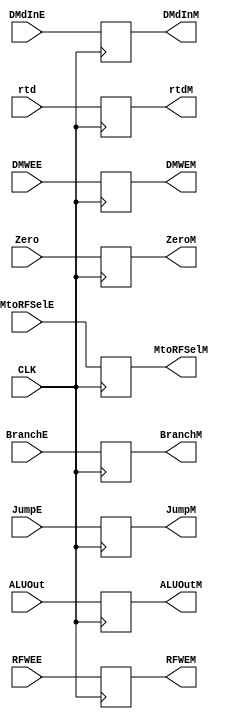
`timescale 1ns / 1ps
//////////////////////////////////////////////////////////////////////////////////
// Company: 
// Engineer: 
// 
// Design Name: 
// Module Name: EXECUTE
// Project Name: 
// Target Devices: 
// Tool Versions: 
// Description: 
// 
// Dependencies: 
// 
// Revision:
// Revision 0.01 - File Created
// Additional Comments:
// 
//////////////////////////////////////////////////////////////////////////////////


module EXECUTE(
input CLK,Zero,
input [4 : 0] rtd,
input [31 : 0] ALUOut,
input [31 : 0] DMdInE,
//input [31 : 0] PCBranch,
input RFWEE,MtoRFSelE,DMWEE,BranchE,JumpE,

output reg ZeroM,
output reg [4 : 0] rtdM,
output reg [31 : 0] ALUOutM,
output reg [31 : 0] DMdInM,
//output reg [31 : 0] PCBranchM,
output reg RFWEM,MtoRFSelM,DMWEM,BranchM,JumpM
    );
    
    initial begin
        ZeroM <= 1'b0;
        rtdM <= 5'b0;
        ALUOutM <= 32'b0;
        DMdInM <= 32'b0;
        //PCBranchM <= 32'b0;
        
        //CONTROL UNIT MEM//
        RFWEM <= 1'b0;
        MtoRFSelM <= 1'b0;
        DMWEM <= 1'b0;
        BranchM <= 1'b0;
        JumpM <= 1'b0;
    
    end
    
    always @(posedge CLK) begin
        ZeroM <= Zero;
        rtdM <= rtd;
        ALUOutM <= ALUOut;
        DMdInM <= DMdInE;
        //PCBranchM <= PCBranch;
        
        //CONTROL UNIT MEM//
        RFWEM <= RFWEE;
        MtoRFSelM <= MtoRFSelE;
        DMWEM <= DMWEE;
        BranchM <= BranchE;
        JumpM <= JumpE;
    
    end
    
    
endmodule